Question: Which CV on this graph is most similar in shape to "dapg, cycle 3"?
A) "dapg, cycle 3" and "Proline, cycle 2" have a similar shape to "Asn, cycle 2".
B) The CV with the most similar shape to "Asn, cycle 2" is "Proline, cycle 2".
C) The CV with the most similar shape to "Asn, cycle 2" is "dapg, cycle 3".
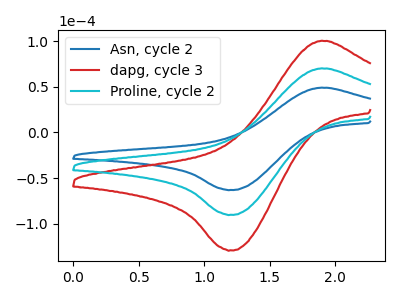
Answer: <think>The blue curve "Asn, cycle 2" has an anodic peak at (1.90V, 48.90uA) and a cathodic peak at (1.20V, -63.00uA). The red curve "dapg, cycle 3" has an anodic peak at (1.90V, 140.00uA) and a cathodic peak at (1.20V, -180.25uA). The cyan curve "Proline, cycle 2" has an anodic peak at (1.90V, 70.00uA) and a cathodic peak at (1.20V, -90.15uA).
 All the peaks in "Asn, cycle 2" have a peak in "dapg, cycle 3" at the same potential. Every peak in "Asn, cycle 2" is lower than every peak in "dapg, cycle 3". All the peaks in "Asn, cycle 2" have a peak in "Proline, cycle 2" at the same potential. Every peak in "Asn, cycle 2" is lower than every peak in "Proline, cycle 2". All the peaks in "dapg, cycle 3" have a peak in "Proline, cycle 2" at the same potential. Every peak in "dapg, cycle 3" is higher than every peak in "Proline, cycle 2".</think>
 <answer>A) "dapg, cycle 3" and "Proline, cycle 2" have a similar shape to "Asn, cycle 2".</answer>
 <eval>A</eval>